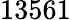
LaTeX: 13561